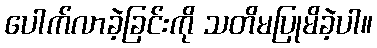
ပေါက်လာခဲ့ခြင်းကို သတိမပြုမိခဲ့ပါ။